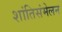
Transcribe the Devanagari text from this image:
शांतिसंमेलन